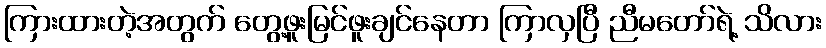
ကြားထားတဲ့အတွက် တွေ့ဖူးမြင်ဖူးချင်နေတာ ကြာလှပြီ ညီမတော်ရဲ့ သိလား